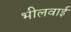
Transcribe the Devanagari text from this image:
भीलवाई